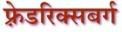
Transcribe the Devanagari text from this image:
फ़्रेडरिक्सबर्ग